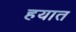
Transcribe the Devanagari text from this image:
हयात